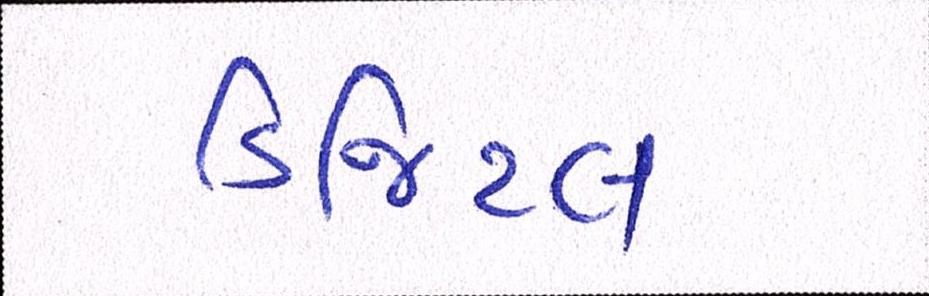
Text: ડિજિટલ